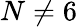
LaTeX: N\ne 6